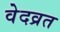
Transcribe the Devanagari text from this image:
वेदव्रत